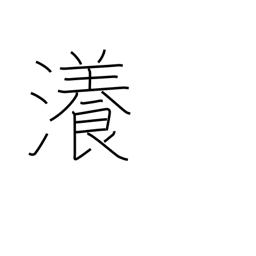
Meaning: vast